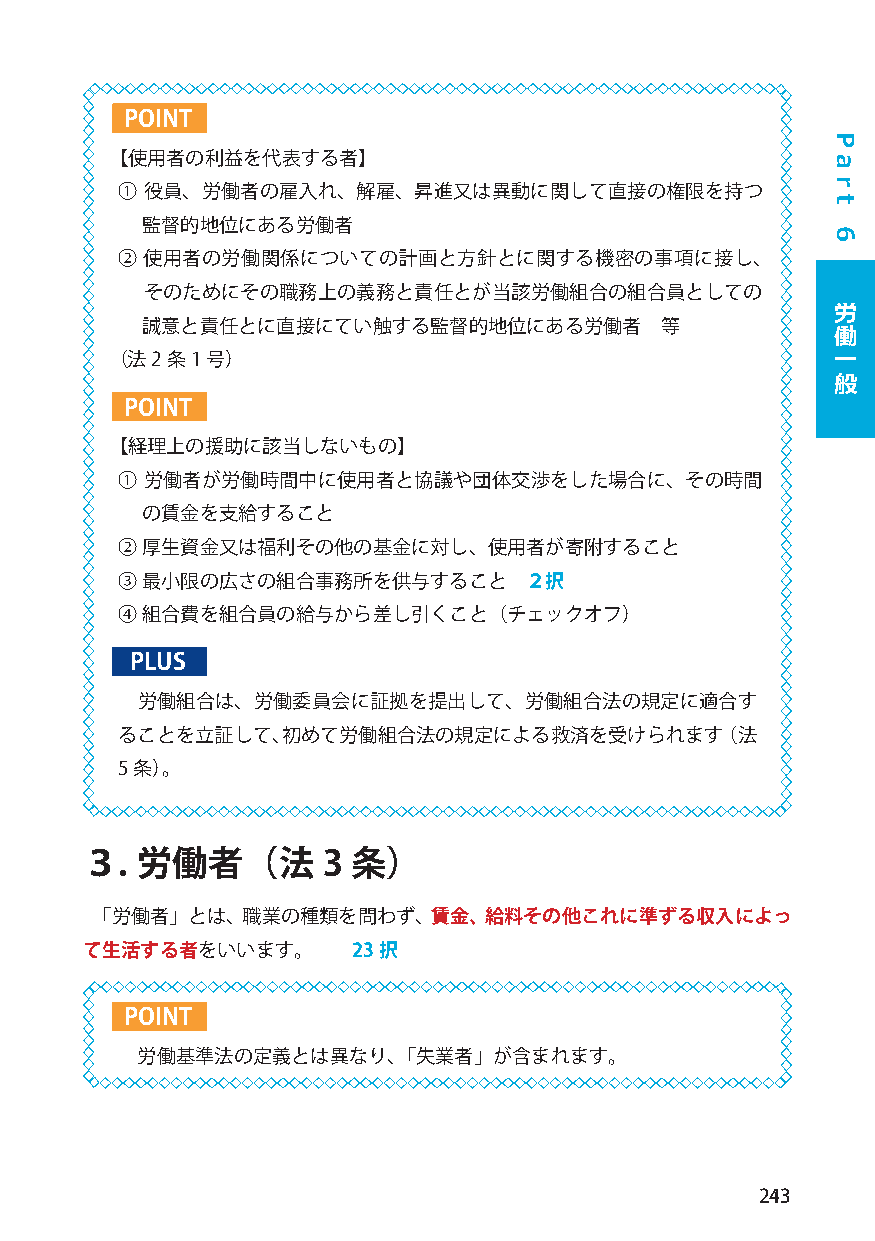
POINT
 【使用者の利益を代表する者】
 ① 役員、労働者の雇入れ、解雇、昇進又は異動に関して直接の権限を持つ
 監督的地位にある労働者
 ② 使用者の労働関係についての計画と方針とに関する機密の事項に接し、
 そのためにその職務上の義務と責任とが当該労働組合の組合員としての
 労
 誠意と責任とに直接にてい触する監督的地位にある労働者         等          働
 一
 （法2 条1 号）
 般
 POINT
 【経理上の援助に該当しないもの】
 ① 労働者が労働時間中に使用者と協議や団体交渉をした場合に、その時間
 の賃金を支給すること
 ② 厚生資金又は福利その他の基金に対し、使用者が寄附すること
 ③ 最小限の広さの組合事務所を供与すること      ２択
 ④ 組合費を組合員の給与から差し引くこと（チェックオフ）
 PLUS
 労働組合は、労働委員会に証拠を提出して、労働組合法の規定に適合す
 ることを立証して、初めて労働組合法の規定による救済を受けられます（法
 5 条）。
 ３.  労働者（法       3 条）
 「労働者」とは、職業の種類を問わず、賃金、給料その他これに準ずる収入によっ
 て生活する者をいいます。      23択
 POINT
 労働基準法の定義とは異なり、「失業者」が含まれます。
 243
 P
 a
 r
 t
 6